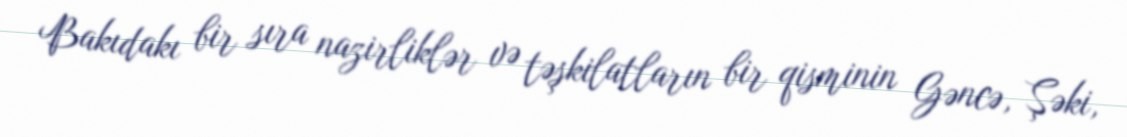
Bakıdakı bir sıra nazirliklər və təşkilatların bir qisminin Gəncə, Şəki,